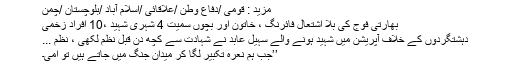
مزید : قومی /دفاع وطن /علاقائی /اسلام آباد /بلوچستان /چمن
بھارتی فوج کی بلا اشتعال فائرنگ ، خاتون اور بچوں سمیت 4 شہری شہید ،10 افراد زخمی
دہشتگردوں کے خلاف آپریشن میں شہید ہونے والے سہیل عابد نے شہادت سے کچھ دن قبل نظم لکھی ، نظم ...
’’جب ہم نعرہ تکبیر لگا کر میدان جنگ میں جاتے ہیں تو امّی۔